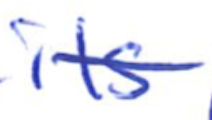
Text: its
Cross-out: single-line
Writing tool: ballpoint